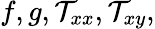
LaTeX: f,g,\mathcal{T}_{xx},\mathcal{T}_{xy},